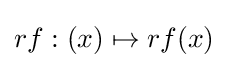
rf:(x)\mapsto rf(x)